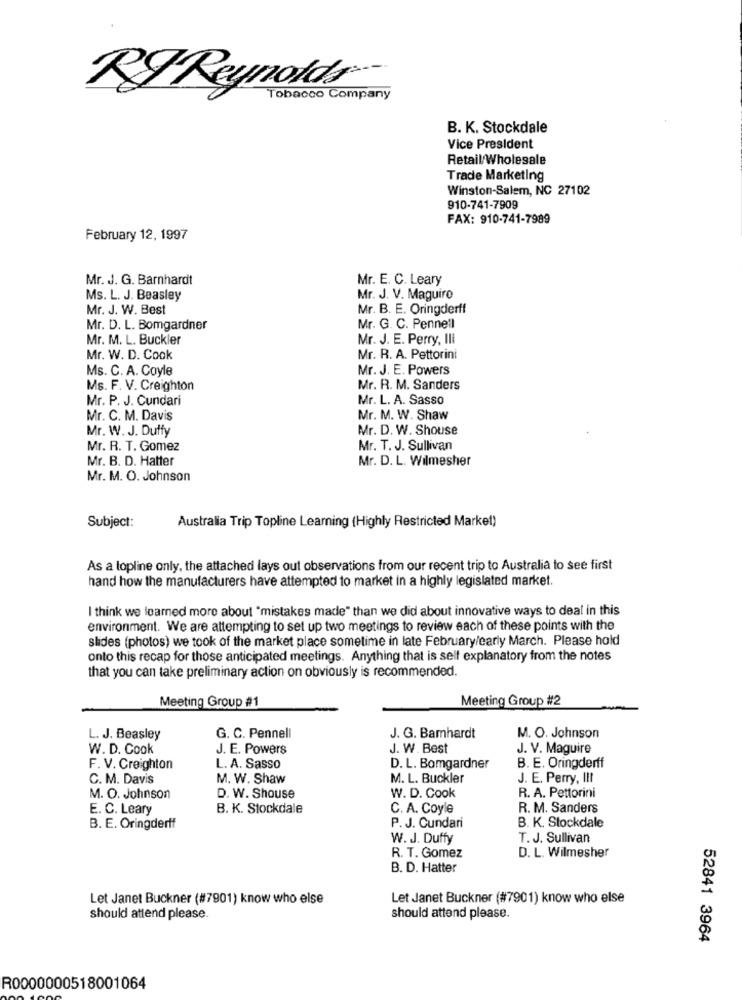
RI Reynolds
Tobacco Company
B. K. Stockdale
Vice President
Retail/Wholesale
Trade Marketing
Winston-Salem, NC 27102
910-741-7909
FAX: 910-741-7989
February 12, 1997
Mr. J. G. Barnhardt
Mr. E. C. Leary
Ms. L. J. Beasley
Mr. J. V. Maguire
Mr. J. W. Best
Mr. B. E. Oringderff
Mr. D. L. Bomgardner
Mr. G. C. Pennell
Mr. M. L. Buckler
Mr. J. E. Perry, III
Mr. W. D. Cook
Mr. R. A. Pettorini
Ms. C. A. Coyle
Mr. J. E. Powers
Ms. F. V. Creighton
Mr. R. M. Sanders
Mr. P. J. Cundari
Mr. L. A. Sasso
Mr. C. M. Davis
Mr. M. W. Shaw
Mr. W. J. Duffy
Mr. D. W. Shouse
Mr. R. T. Gomez
Mr. T. J. Sullivan
Mr. B. D. Hatter
Mr. D. L. Wilmesher
Mr. M. O. Johnson
Subject:
Australia Trip Topline Learning (Highly Restricted Market)
As a lopline only, the attached lays out observations from our recent trip to Australia to see first
hand how the manufacturers have attempted to market in a highly legislated market.
I think we learned more about "mistakes made" than we did about innovative ways to deal in this
environment. We are attempting to set up two meetings to review each of these points with the
slides (photos) we took of the market place sometime in late February/early March. Please hold
onto this recap for those anticipated meetings. Anything that is self explanatory from the notes
that you can take preliminary action on obviously is recommended.
Meeting Group #1
Meeting Group #2
L. J. Beasley
G. C. Pennell
J. G. Bamhardt
M. O. Johnson
W. D. Cook
J. E. Powers
J. W. Best
J. V. Maguire
F. V. Creighton
L. A. Sasso
D. L. Bomgardner
B. E. Oringderff
C. M. Davis
M. W. Shaw
M. L. Buckler
J. E. Perry, III
R. A. Pettorini
M. O. Johnson
D. W. Shouse
W. D. Cook
E. C. Leary
B. K. Stockdale
C. A. Coyle
R. M. Sanders
B. E. Oringderff
P. J. Cundari
B. K. Stockdale
W. J. Duffy
T. J. Sullivan
D. L. Wilmesher
R. T. Gomez
B. D. Hatter
Let Janet Buckner (#7901) know who else
Let Janet Buckner (#7901) know who else
should attend please.
should attend please.
52841 3964
R0000000518001064